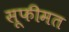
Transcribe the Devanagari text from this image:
सूफीमत